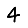
Digit: 4